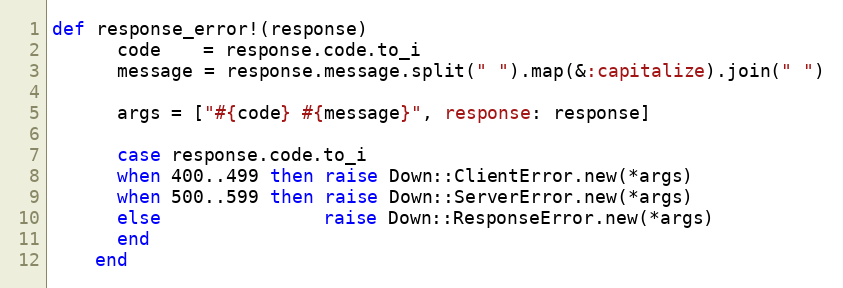
Language: Ruby
def response_error!(response)
      code    = response.code.to_i
      message = response.message.split(" ").map(&:capitalize).join(" ")

      args = ["#{code} #{message}", response: response]

      case response.code.to_i
      when 400..499 then raise Down::ClientError.new(*args)
      when 500..599 then raise Down::ServerError.new(*args)
      else               raise Down::ResponseError.new(*args)
      end
    end